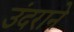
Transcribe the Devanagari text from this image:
उंदराने